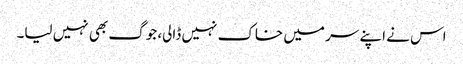
اس نے اپنے سر میں خاک نہیں ڈالی، جوگ بھی نہیں لیا۔